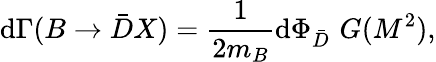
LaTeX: \mathrm{d}\Gamma(B\to\bar{{D}}X)=\frac{{1}}{{2m_{B}}}\mathrm{d}\Phi_{\bar{{D}}}\, \, G(M^{2}),